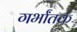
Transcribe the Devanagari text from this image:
गर्भांतक